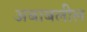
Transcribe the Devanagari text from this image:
अबाबलील